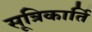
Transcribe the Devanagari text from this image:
सूत्रिकार्ति